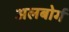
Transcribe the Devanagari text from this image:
अलबोर्ग